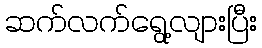
ဆက်လက်ရွေ့လျားပြီး